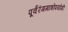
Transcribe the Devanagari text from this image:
पूर्वरंगमात्रोपयोगी